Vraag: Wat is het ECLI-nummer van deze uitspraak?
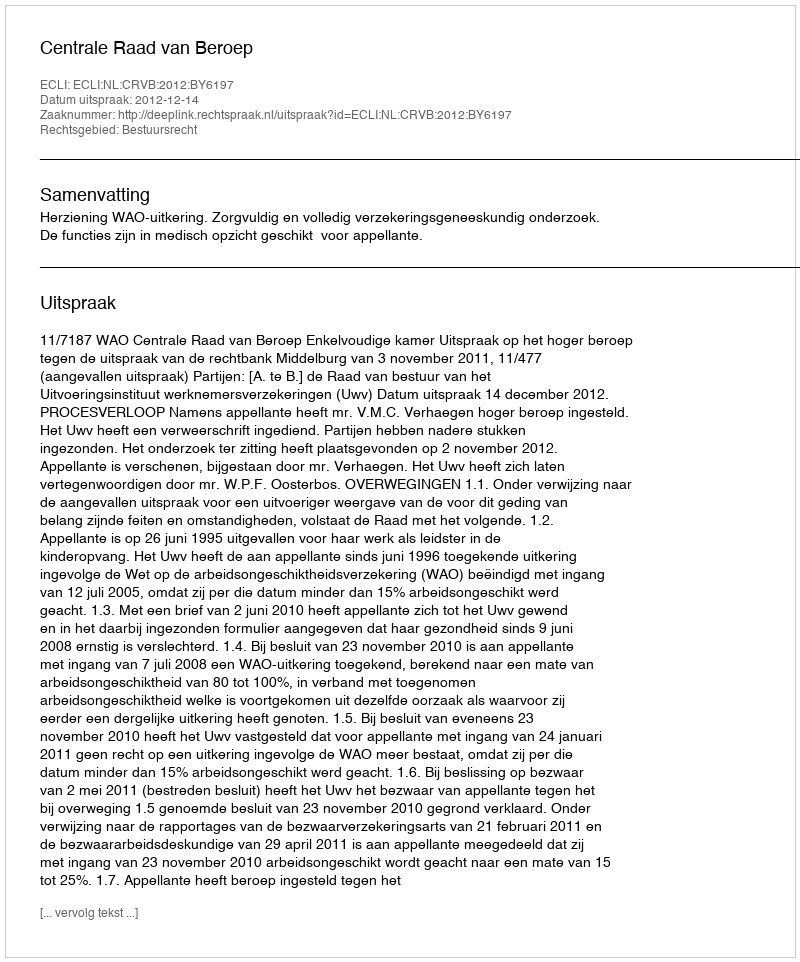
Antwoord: ECLI:NL:CRVB:2012:BY6197